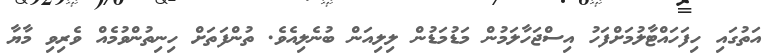
އަތުގައި ހިފަހައްޓާލުމަށްފަހު އިސްޖަހާލަމުން މަޑުމަޑުން ލިލިއަން ބުނެލިއެވެ. ތުންފަތަށް ހިނިތުންވުމެއް ވެރިވި މާޔާ